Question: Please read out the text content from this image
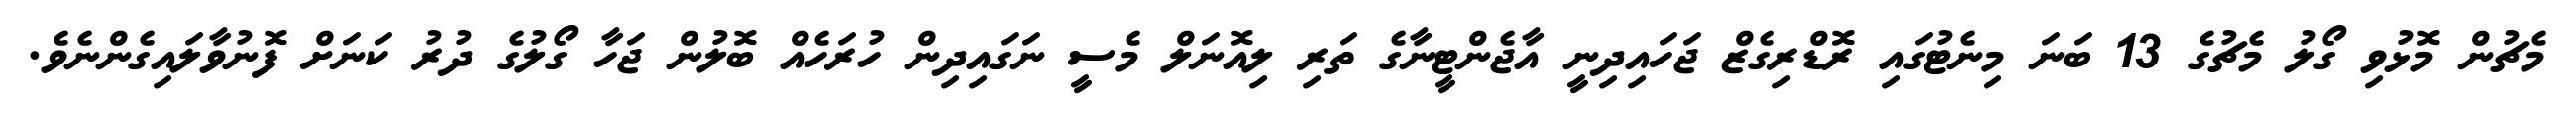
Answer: މެޗުން މޮޅުވި ގޯލު މެޗުގެ 13 ބަނަ މިނެޓުގައި ރޮޑްރިގެޒް ޖަހައިދިނީ އާޖެންޓީނާގެ ތަރި ލިއޮނަލް މެސީ ނަގައިދިން ހުރަހެއް ބޮލުން ޖަހާ ގޯލުގެ ދުރު ކަނަށް ފޮނުވާލައިގެންނެވެ.